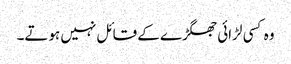
وہ کسی لڑائی جھگڑے کے قائل نہیں ہوتے۔